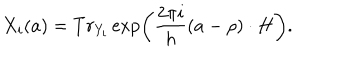
X _ { i } ( a ) = T r _ { Y _ { i } } \exp \left( \frac { 2 \pi i } h ( a - \rho ) \cdot H \right) .